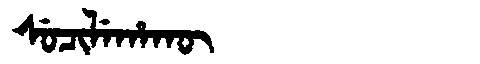
Manchu: ᠰᡠᠴᡳᠯᡝᡥᠠᡴᡡ
Romanization: SUCILEHAKŪ